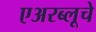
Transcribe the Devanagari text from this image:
एअरब्लूचे